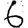
Digit: 6